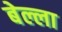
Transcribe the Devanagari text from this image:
बेल्ला